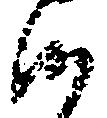
沙